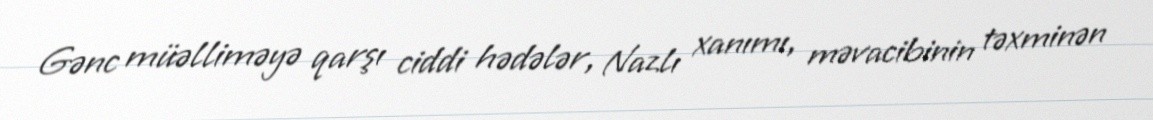
Gənc müəlliməyə qarşı ciddi hədələr, Nazlı xanımı, məvacibinin təxminən